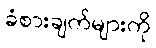
ခံစားချက်များကို